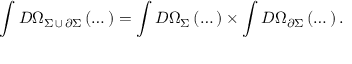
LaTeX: \int { \cal D } \Omega _ { \Sigma \, \cup \, \partial \Sigma } \left( \dots \right) = \int { \cal D } \Omega _ { \Sigma } \left( \dots \right) \times \int { \cal D } \Omega _ { \partial \Sigma } \left( \dots \right) .